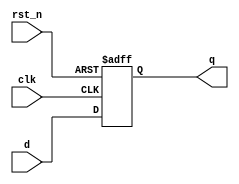
module register (
    input wire clk,          // Clock input
    input wire rst_n,       // Active low reset
    input wire [3:0] d,     // 4-bit data input
    output reg [3:0] q      // 4-bit data output (register)
);

// Sequential logic using non-blocking assignments
always @(posedge clk or negedge rst_n) begin
    if (!rst_n) begin
        q <= 4'b0000;       // Reset the register to 0 on active low reset
    end else begin
        q <= d;            // Capture input data on rising edge of clock
    end
end

endmodule